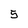
Character: 5